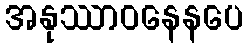
အနုဿာဝနေနပေ